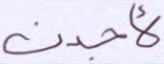
لأجدن